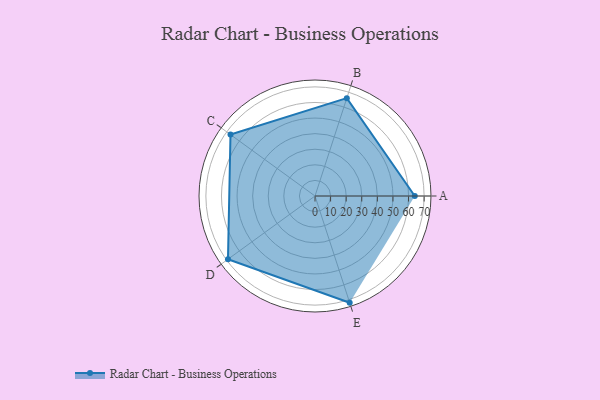
{"axis": {"x": "Skill", "y": "Score"}, "legend": ["Profile"], "data": [{"x": "A", "y": 64.0, "type": "Profile"}, {"x": "B", "y": 66.0, "type": "Profile"}, {"x": "C", "y": 67.0, "type": "Profile"}, {"x": "D", "y": 69.0, "type": "Profile"}, {"x": "E", "y": 72.0, "type": "Profile"}]}